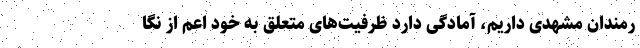
رمندان مشهدی داریم، آمادگی دارد ظرفیت‌های متعلق به خود اعم از نگا